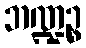
ဘဏ္ဍဉ္စ